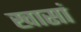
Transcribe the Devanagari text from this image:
खासां